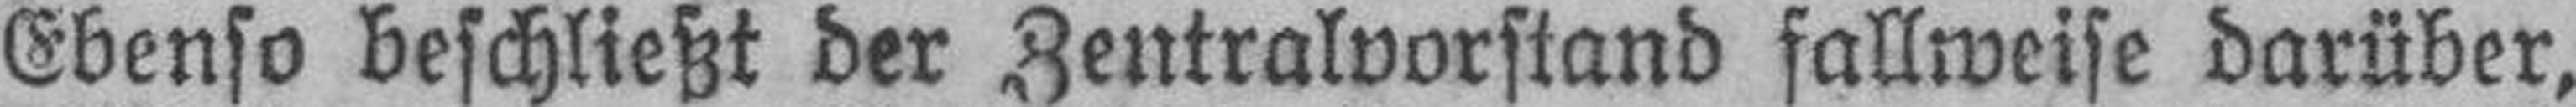
Ebenso beschließt der Zentralvorstand fallweise darüber,